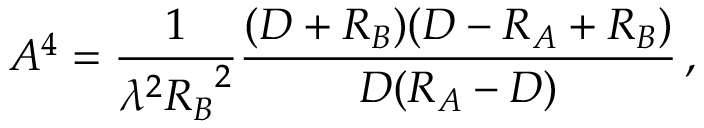
A ^ { 4 } = { \frac { 1 } { \lambda ^ { 2 } { R _ { B } } ^ { 2 } } } { \frac { ( D + R _ { B } ) ( D - R _ { A } + R _ { B } ) } { D ( R _ { A } - D ) } } \, ,